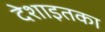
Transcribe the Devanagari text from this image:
देशाइतका